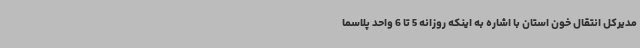
مدیرکل انتقال خون استان با اشاره به اینکه روزانه 5 تا 6 واحد پلاسما